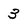
Character: 3